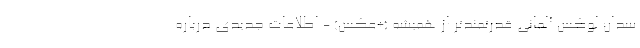
سدان لوکس آلمانی قدرتمندتر از همیشه (+عکس) - اطلاعات جدیدی درباره